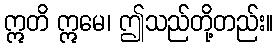
ဣတိ ဣမေ၊ ဤသည်တို့တည်း။